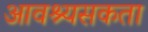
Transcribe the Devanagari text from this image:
आवश्यसकता